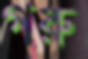
গরু